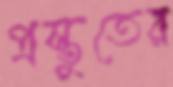
প্রস্তুতের